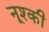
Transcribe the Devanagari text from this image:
नूश्की